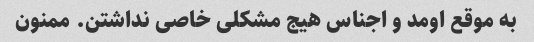
به موقع اومد و اجناس هیج مشکلی خاصی نداشتن. ممنون